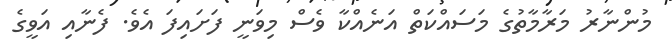
މުންނާރު މަރާމާތުގެ މަސައްކަތް އަނެއްކާ ވެސް މިވަނީ ފަށައިފަ އެވެ. ފެނާއި އަވީގެ